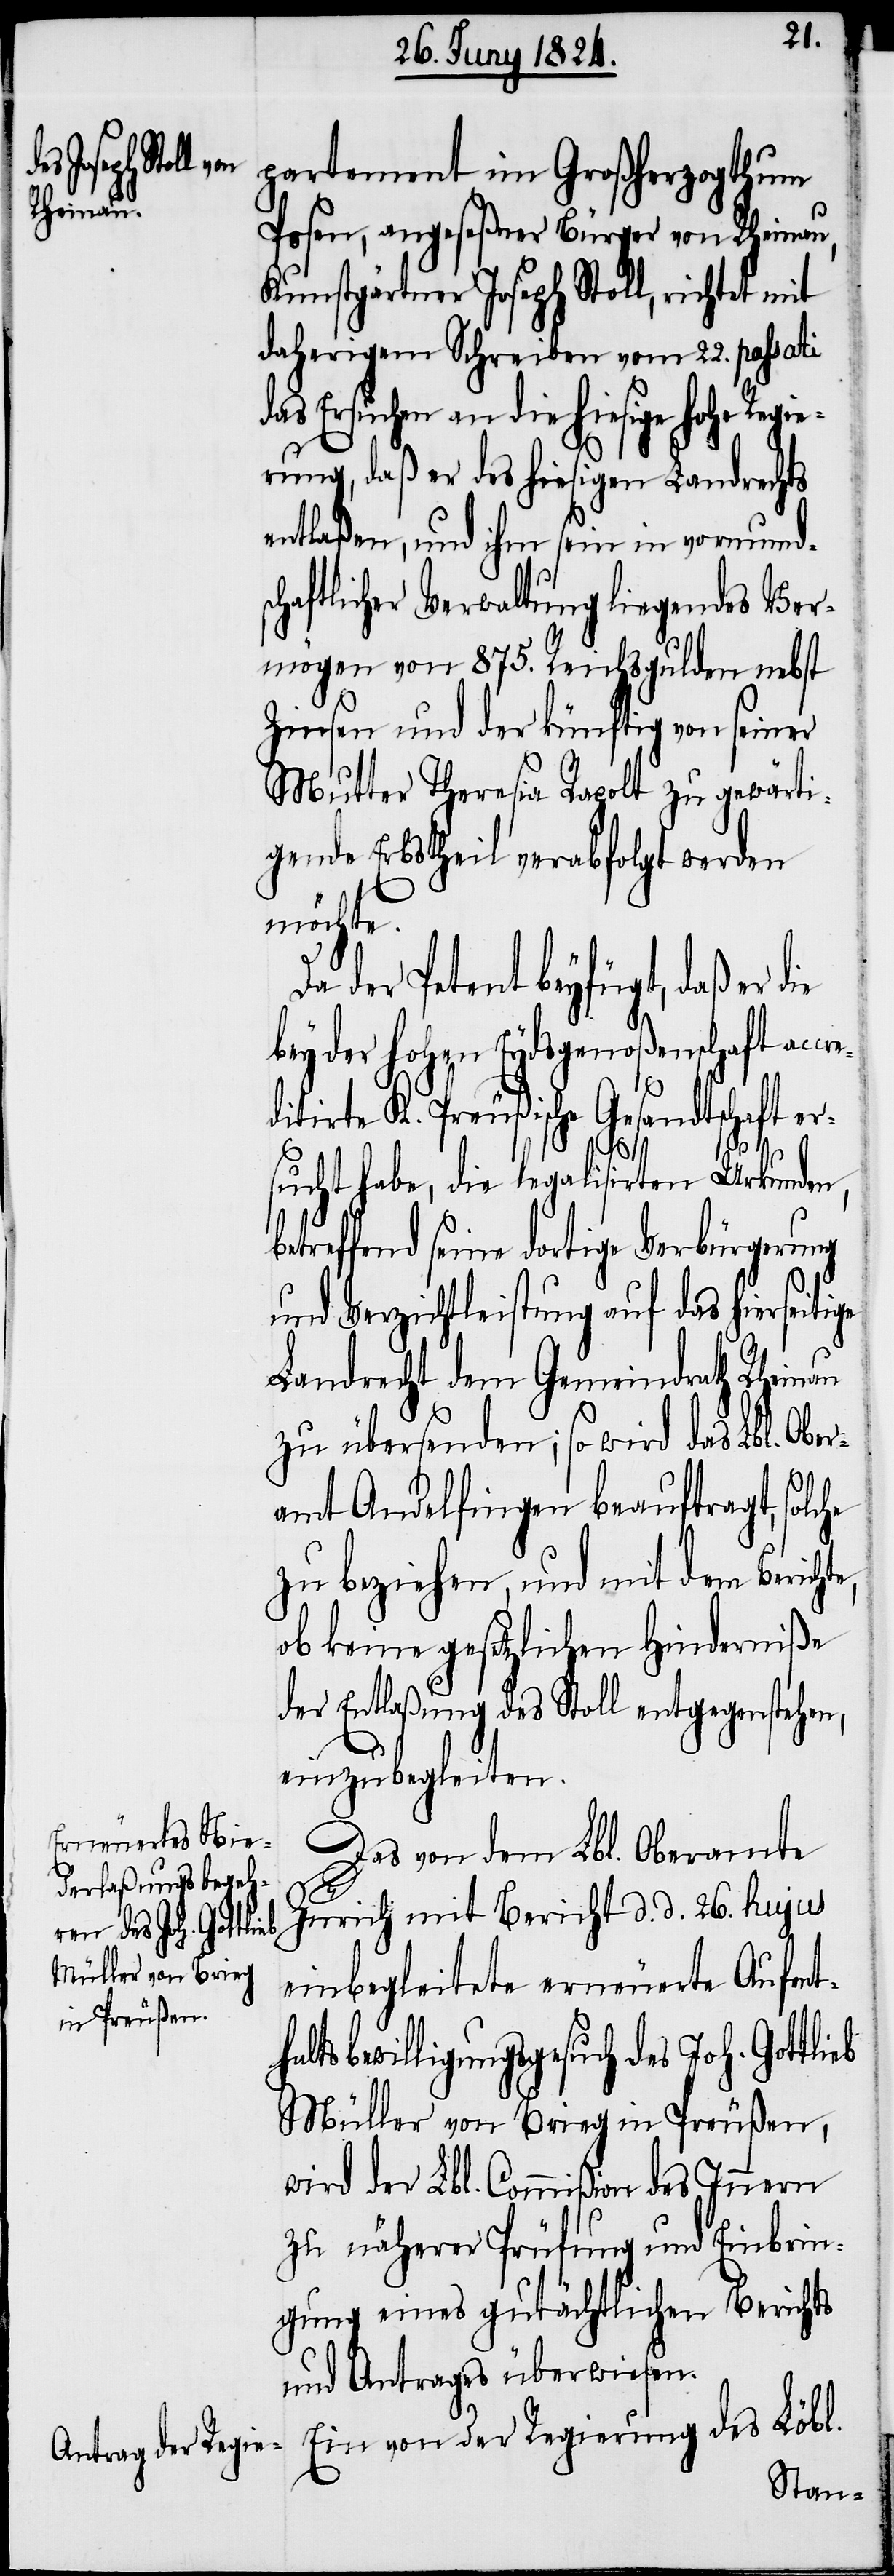
partement im Großherzogthum
Posen, angeseßener Bürger von Rheinau,
Kunstgärtner Joseph Stoll, richtet mit
daherigem Schreiben vom 22. passati
das Ersuchen an die hiesige hohe Regie¬
b¬
rung, daß er des hiesigen Landrechts
entlaßen, und ihm sein in vormunds¬
chaftlicher Verwaltung liegendes Ver¬
mögen von 875. Reichsgulden nebst
Zinsen und der künftig von seiner
Mutter Theresia Rapolt zu gewärti¬
gende Erbstheil verabfolgt werden
möchte.
Da der Petent beyfügt, daß er
bey der hohen Eydsgenoßenschaft acc¬
ditirte K. Preußische Gesandtschaft er¬
h¬
sucht habe, die legalisirten Urkunden,
etreffend seine dortige Verbürgerung
und Verzichtleistung auf das hierseitige
Landrecht dem Gemeindrath Rheinau
zu übersenden; so wird das Lbl. Obe¬
ramt Andelfingen beauftragt, solc¬
zu beziehen, und mit dem Bericht¬
ob keine gesetzlichen Hinderniße
der Entlaßung des Stoll entgegenstehen,
einzubegleiten.
Das von dem Lbl. Oberamte
Zürich mit Bericht d. d. 26. hujus
einbegleitete erneuerte Aufent¬
altsbewilligungsgesuch des Joh. Gottlieb
Müller von Brieg in Preußen,
wird der Lbl. Commißion des Innern
zu näherer Prüfung und Einbrin¬
gung eines gutächtlichen Berichts
und Antrags überwiesen.
Ein von der Regierung des Lbl.